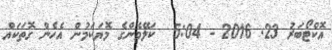
އޮކްޓޯބަރު 23